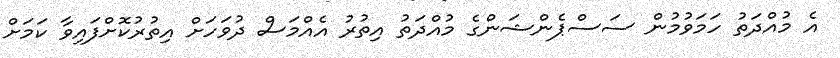
އެ މުއްދަތު ހަމަވުމުން ސަސްޕެންޝަންގެ މުއްދަތު އިތުރު އެއްމަސް ދުވަހަށް އިތުރުކޮށްފައިވާ ކަމަށް